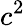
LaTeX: c^{2}